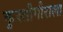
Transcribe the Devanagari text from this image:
कुस्तीगीराला